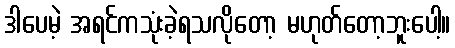
ဒါပေမဲ့ အရင်ကသုံးခဲ့ရသလိုတော့ မဟုတ်တော့ဘူးပေါ့။